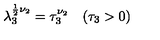
\lambda _ { 3 } ^ { \frac 1 2 \nu _ { 2 } } = \tau _ { 3 } ^ { \nu _ { 2 } } \quad ( \tau _ { 3 } > 0 )